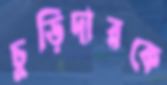
চুড়িদারকে